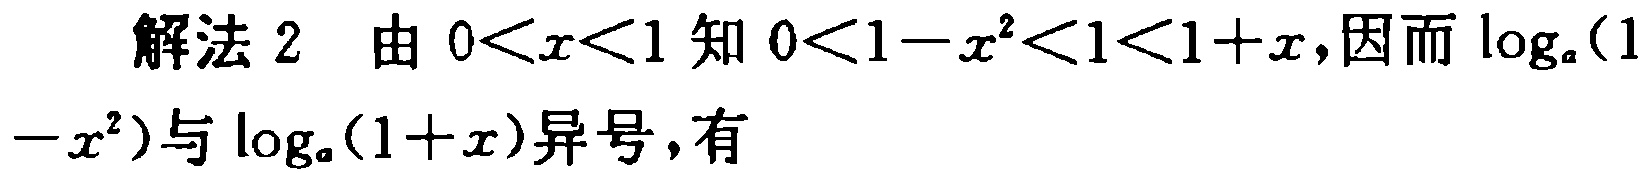
解法 2 由 \(0<x<1\) 知 \(0<1 - x^{2}<1<1 + x\),因而 \(\log_{a}(1 - x^{2})\)与 \(\log_{a}(1 + x)\)异号，有